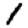
Digit: 1